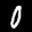
Label: 0